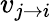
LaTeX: v_{j\rightarrow i}